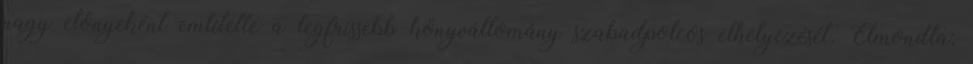
nagy előnyeként említette a legfrissebb könyvállomány szabadpolcos elhelyezését. Elmondta: